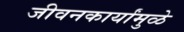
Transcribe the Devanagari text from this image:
जीवनकार्यांमुळे